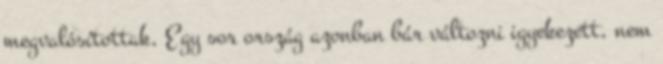
megvalósítottak, Egy sor ország azonban bár változni igyekezett, nem